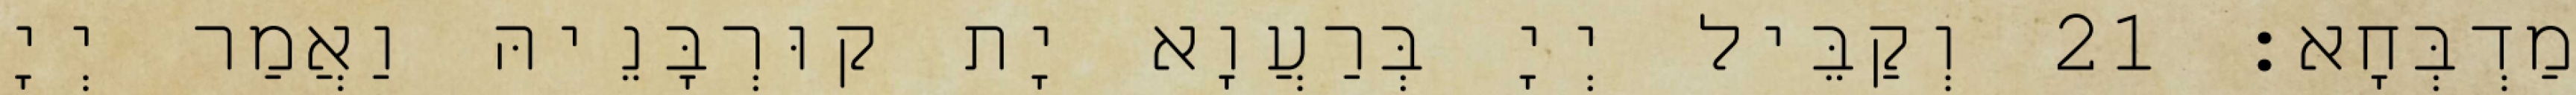
מַדְבְּחָא׃ 21 וְקַבֵּיל יְיָ בְּרַעֲוָא יָת קוּרְבָּנֵיהּ וַאֲמַר יְיָ